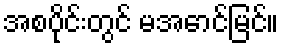
အစပိုင်းတွင် မအောင်မြင်။